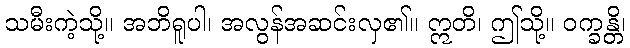
သမီးကဲ့သို့။ အဘိရူပါ၊ အလွန်အဆင်းလှ၏။ ဣတိ၊ ဤသို့။ ဝက္ခန္တိ၊